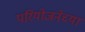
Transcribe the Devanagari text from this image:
परियोजनेच्या